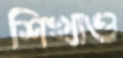
শিখাও